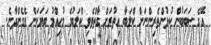
އޭގެ ސަބަބުން ކުޅުންތެރިންނަށް ކްލަބާ އިތުރަށް ގާތްވެވި ކްލަބުގެ މުހިއްމު ބަޔަކަށް ވެގެންދާނެ.